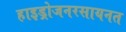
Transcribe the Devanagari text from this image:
हाइड्रोजनरसायनत